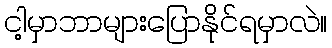
ငါ့မှာဘာများပြောနိုင်ရမှာလဲ။